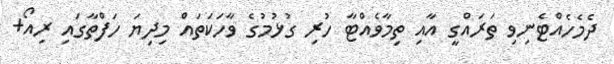
ދެމެހެއްޓެނިވި ތަރައްގީ އާއި ތިމާވެއްޓާ ހުރި ގުޅުމުގެ ވާހަކަތައް މިދިޔަ ހަފްތާގައި ރިއޯ+